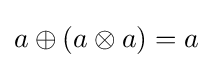
a\oplus (a\otimes a)=a